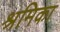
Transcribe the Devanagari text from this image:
श्रमिका